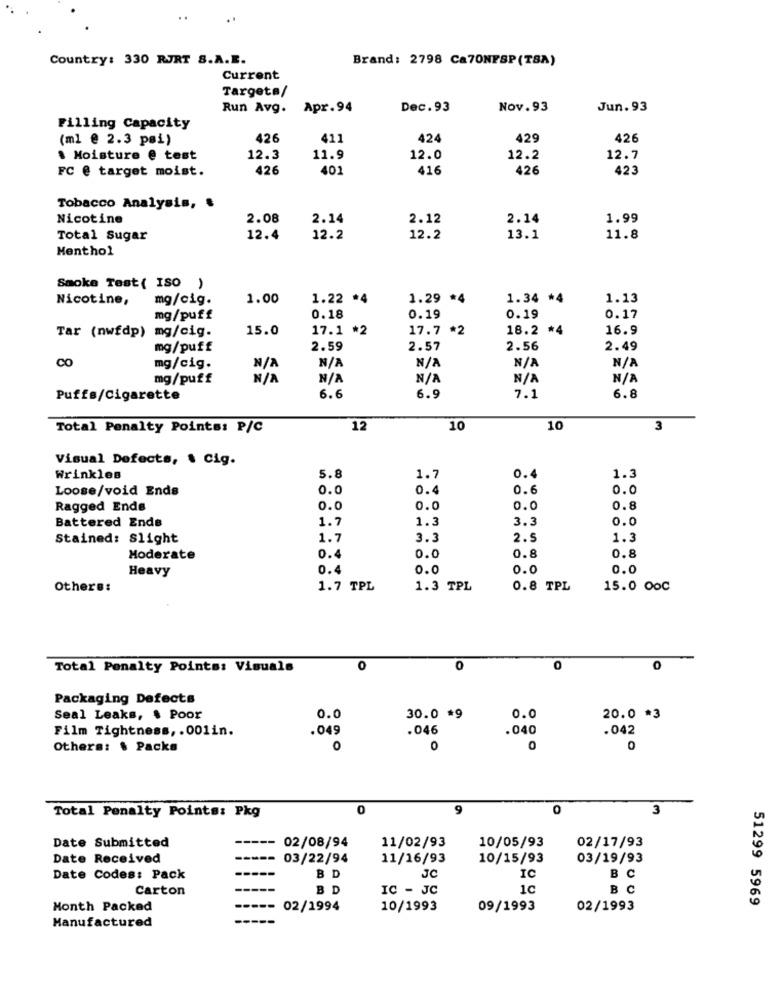
Country: 330 RJRT S.A.E.
Brand: 2798 Ca70NFSP(TSA)
Current
Targeta/
Run Avg.
Apr.94
Dec.93
Nov.93
Jun. 93
Filling Capacity
(ml @ 2.3 psi)
426
411
424
429
426
. Moisture @ test
12.3
11.9
12.0
12.2
12.7
FC @ target moist.
426
401
416
426
423
Tobacco Analysis, $
Nicotine
2.08
2.14
2.12
2.14
1.99
Total Sugar
12.4
12.2
12.2
13.1
11.8
Menthol
Smoke Test( ISO )
Nicotine,
mg/cig.
1.00
1.22 *4
1.29 *4
1.34 *4
1.13
mg/puff
0.18
0.19
0.19
0.17
Tar (nwfdp) mg/cig.
15.0
17.1 *2
17.7 *2
18.2 *4
16.9
mg/puff
2.59
2.57
2.56
2.49
CO
mg/cig.
mg/puff
Puffs/Cigarette
6.6
6.9
1.1
6.8
Total Penalty Points: P/C
12
10
10
3
Visual Defects, . Cig.
0.4
Wrinkles
5.8
1.7
1.3
Loose/void Ends
0.0
0.4
0.6
0.0
Ragged Ende
0.0
0.0
0.0
0.8
Battered Ends
1.7
1.3
3.3
0.0
Stained: Slight
1.7
3.3
2.5
1.3
Moderate
0.4
0.0
0.8
0.8
Heavy
0.0
0.0
0.0
Others:
1.7 TPL
1.3 TPL
0.8 TPL
15.0 00C
Total Penalty Points: Visuals
0
0
0
0
Packaging Defects
Seal Leaks, $ Poor
0.0
30.0 *9
0.0
20.0 *3
Film Tightness ,. 001in.
.049
.046
.040
.042
Others: $ Packs
0
0
0
0
0
9
0
3
Total Penalty Points: Pkg
Date Submitted
- 02/08/94
11/02/93
10/05/93
02/17/93
Date Received
03/22/94
11/16/93
10/15/93
03/19/93
Date Codes: Pack
BD
JC
IC
BC
Carton
BD
IC - JC
1C
BC
Month Packed
02/1994
10/1993
09/1993
02/1993
51299 5969
Manufactured